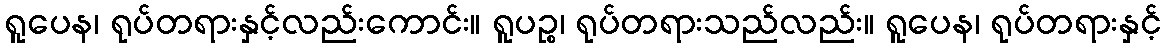
ရူပေန၊ ရုပ်တရားနှင့်လည်းကောင်း။ ရူပဉ္စ၊ ရုပ်တရားသည်လည်း။ ရူပေန၊ ရုပ်တရားနှင့်